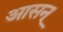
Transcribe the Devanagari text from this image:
आसन्